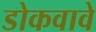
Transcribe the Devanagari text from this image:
डोकवावे